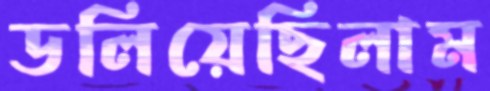
ডলিয়েছিলাম